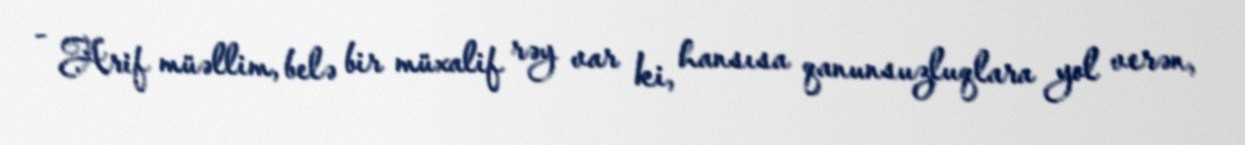
- Arif müəllim, belə bir müxalif rəy var ki, hansısa qanunsuzluqlara yol verən,